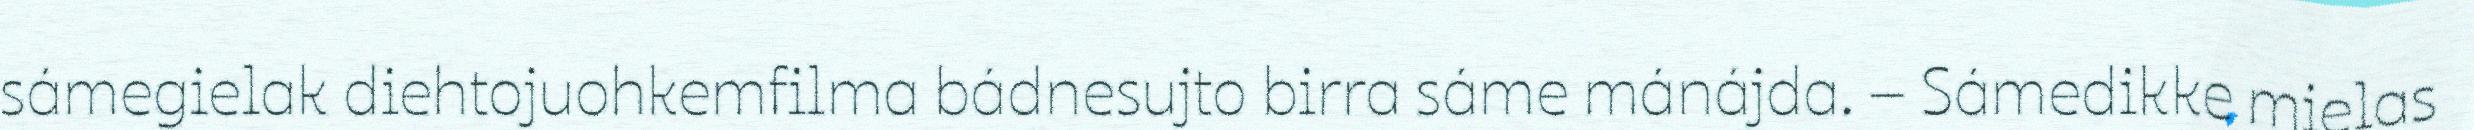
sámegielak diehtojuohkemfilma bádnesujto birra sáme mánájda. – Sámedikke mielas